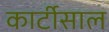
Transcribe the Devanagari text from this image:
कार्टीसाल